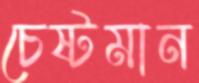
চেষ্টমান